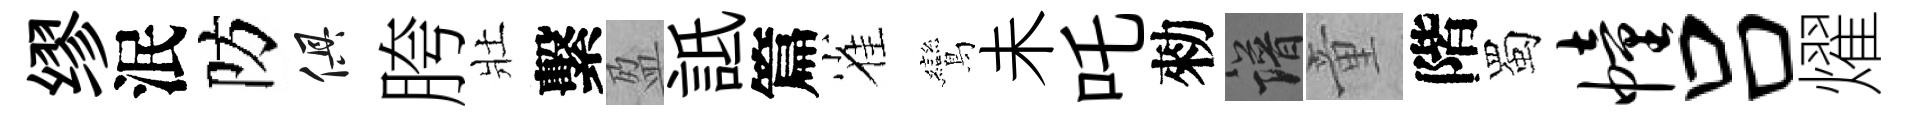
缪泯防俱胯壯繫盈詆篇雀鸞未吒勑譜童階蜀幢吕燿